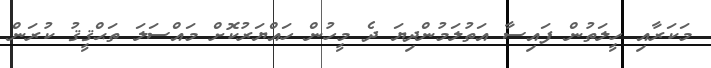
މަކަރާއި ހީލަތުން ފައިސާ އަތުލަމުންދިޔަ ދެ މީހުން ހައްޔަރުކޮށް މައްސަލަ ތަޙްޤީޤު ކުރަން